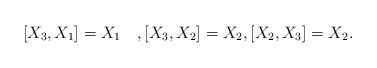
\begin{align*}[X_{3},X_{1}]=X_{1}\quad,[X_{3},X_{2}]=X_{2},[X_{2},X_{3}]= X_{2}.\end{align*}